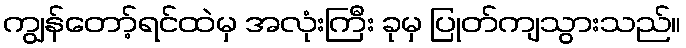
ကျွန်တော့်ရင်ထဲမှ အလုံးကြီး ခုမှ ပြုတ်ကျသွားသည်။